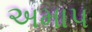
અમાપ